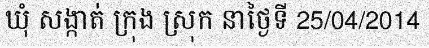
ឃុំ សង្កាត់ ក្រុង ស្រុក នាថ្ងៃទី 25/04/2014